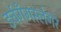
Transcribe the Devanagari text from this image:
डर्चगँगस्लेगर